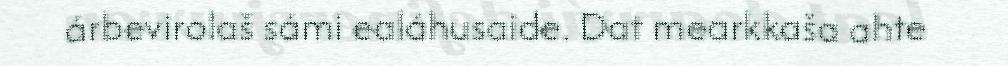
árbevirolaš sámi ealáhusaide. Dat mearkkaša ahte